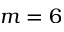
m = 6